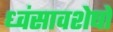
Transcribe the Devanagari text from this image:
ध्‍वंसावशेषों